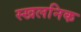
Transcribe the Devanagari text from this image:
स्खलनिक